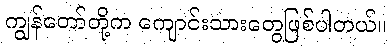
ကျွန်တော်တို့က ကျောင်းသားတွေဖြစ်ပါတယ်။